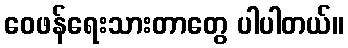
ဝေဖန်ရေးသားတာတွေ ပါပါတယ်။